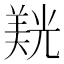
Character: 𮊮